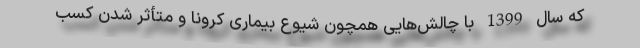
که سال 1399 با چالش‌هایی همچون شیوع بیماری کرونا و متأثر شدن کسب‌